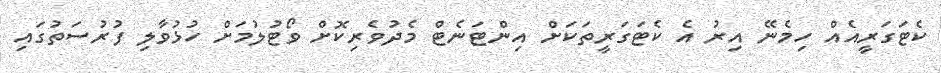
ކެޓަގަރީއެއް ހިމެނޭ އިރު އެ ކެޓަގަރީތަކަށް އިންޓަނެޓް މެދުވެރިކޮށް ވޯޓުލުމަށް ހުޅުވާލި ފުރުސަތުގައި